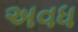
અવધ